Leaving Certificate Examination (including Day School Certificate (Higher) General paper), 1939
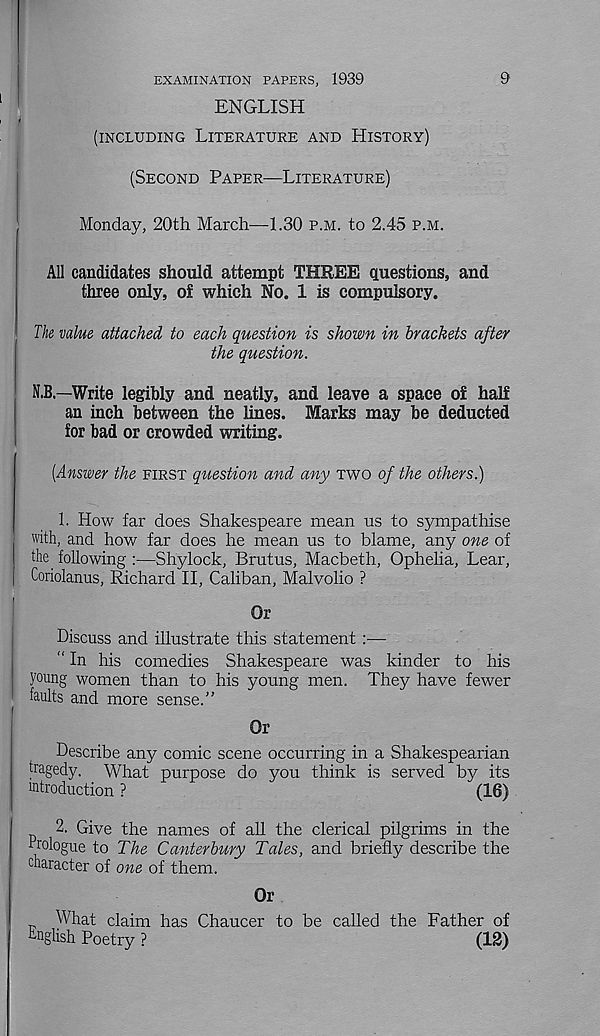
EXAMINATION PAPERS, 1939
9
ENGLISH
(INCLUDING LITERATURE AND HISTORY)
(SECOND PAPER—LITERATURE)
Monday, 20th March—-1.30 P.M. to 2.45 P.M.
All candidates should attempt THREE questions, and
three only, of which No. 1 is compulsory.
The value attached to each question is shown in brackets after
the question.
N.B.—Write legibly and neatly, and leave a space of half
an inch between the lines. Marks may be deducted
for bad or crowded writing.
[Answer the FIRST question and any TWO of the others.)
1. How far does Shakespeare mean us to sympathise
with, and how far does he mean us to blame, any one of
the. following :•—Shylock, Brutus, Macbeth, Ophelia, Lear,
Coriolanus, Richard II, Caliban, Malvolio ?
Or
Discuss and illustrate this statement —
" In his comedies Shakespeare was kinder to his
young women than to his young men. They have fewer
faults and more sense.”
Or
Describe any comic scene occurring in a Shakespearian
tragedy. What purpose do you think is served by its
introduction ?
(16)
2. Give the names of all the clerical pilgrims in the
rrologue to The Canterbury Tales, and briefly describe the
character of one of them.
Or
What claim has Chaucer to be called the Father of
English Poetry ?
(12)